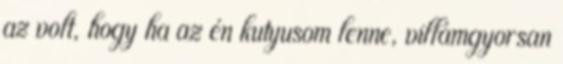
az volt, hogy ha az én kutyusom lenne, villámgyorsan